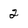
Character: 2